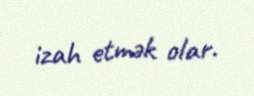
izah etmək olar.